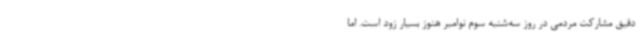
دقیق مشارکت مردمی در روز سه‌شنبه سوم نوامبر هنوز بسیار زود است. اما